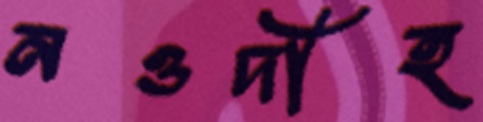
নওদীহ